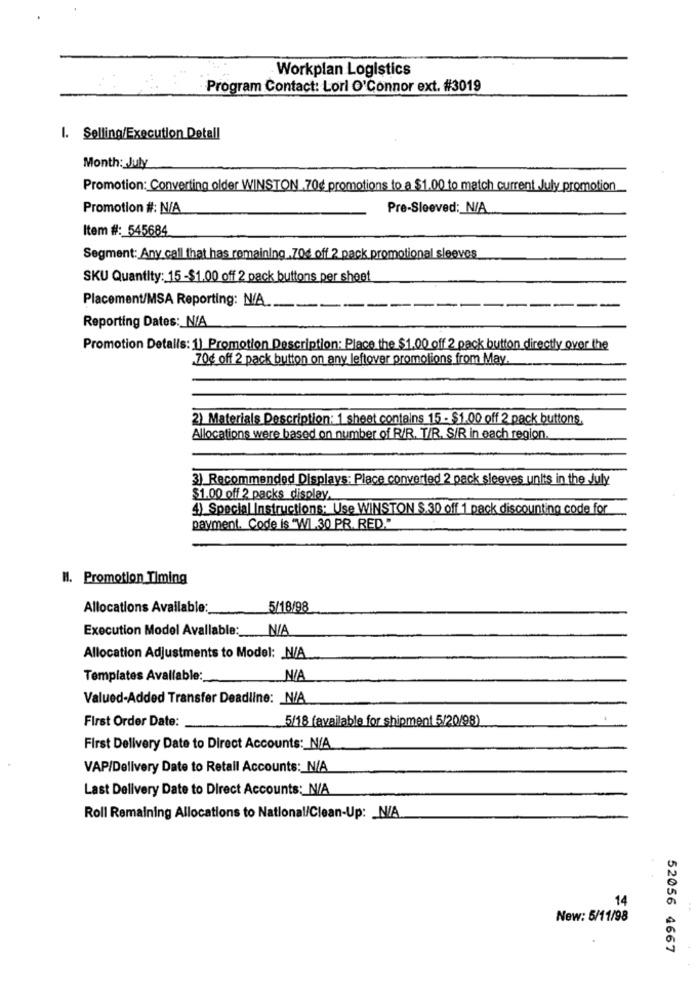
Workplan Logistics
Program Contact: Lorl O'Connor ext. #3019
I. Selling/Execution Detall
Month: July
Promotion: Converting older WINSTON .70g promotions to a $1.00 to match current July promotion
Promotion #: N/A
Pre-Sleeved :_ N/A
Item #: 545684
Segment: Any call that has remaining .70€ off 2 pack promotional sleeves
SKU Quantity: 15 -$1.00 off 2 pack buttons per sheet
Placement/MSA Reporting: N/A .____.
--
-
Reporting Dates: N/A
Promotion Detalls: 1) Promotion Description: Place the $1.00 off 2 pack button directly over the
70g off 2 pack button on any leftover promotions from May
2) Materials Description: 1 sheet contains 15 - $1.00 off 2 pack buttons
Allocations were based on number of R/R. T/R. S/R in each region.
3) Recommended Displays: Place converted 2 pack sleeves units in the July
$1.00 off 2 packs display.
4) Special Instructions: Use WINSTON S.30 off 1 pack discounting code for
payment. Code is "WI .30 PR. RED."
H. Promotion Timing
Allocations Available:
5/18/98
Execution Model Avallable: N/A
Allocation Adjustments to Model: N/A
Templates Available:
Valued-Added Transfer Deadline: N/A
First Order Date:
5/18 (available for shipment 5/20/98)
First Delivery Date to Direct Accounts :_ N/A
VAP/Delivery Date to Retall Accounts: N/A
Last Delivery Date to Direct Accounts: N/A
Roll Remaining Allocations to National/Clean-Up: N/A
14
New: 5/11/98
52056 4667